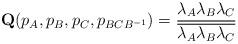
LaTeX: \begin{align*}{\bf Q}(p_A,p_B,p_C,p_{BCB^{-1}})= \dfrac{\lambda_A\lambda_B\lambda_C}{\overline{\lambda_A\lambda_B\lambda_C}}\end{align*}